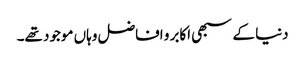
دنیا کے سبھی اکابر و افاضل وہاں موجود تھے۔